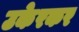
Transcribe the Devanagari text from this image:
उकेरकर